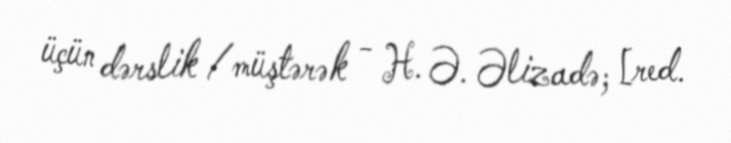
üçün dərslik /müştərək - H. Ə. Əlizadə; [red.